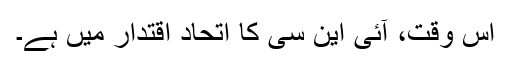
اس وقت، آئی این سی کا اتحاد اقتدار میں ہے۔